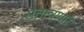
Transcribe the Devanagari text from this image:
सतावणारे